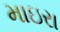
માઇરા